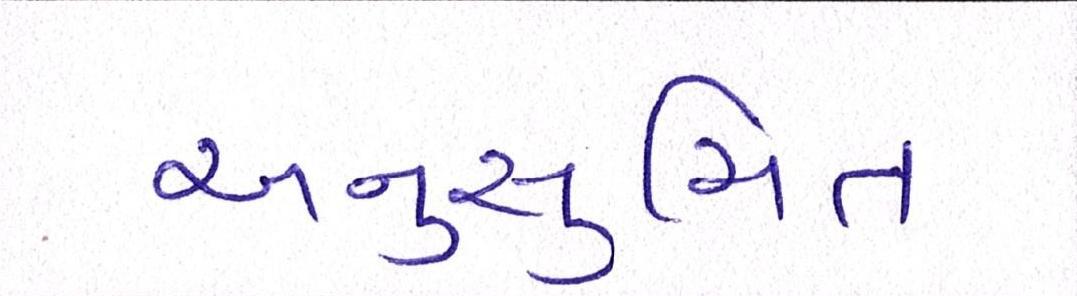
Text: અનુસુચિત